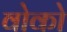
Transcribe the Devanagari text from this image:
वोको